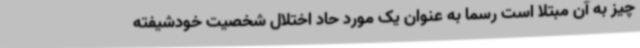
چیز به آن مبتلا است رسما به عنوان یک مورد حاد اختلال شخصیت خودشیفته